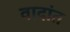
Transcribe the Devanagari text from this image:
वादांत